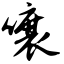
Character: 嚷